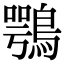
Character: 鶚